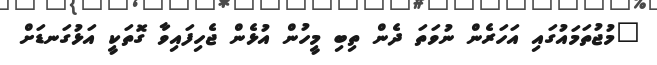
"މުޖުތަމައުގައި އަހަރެން ނުވަތަ ދެން ތިބި މީހުން އުޅެން ޖެހިފައިވާ ގޮތަކީ އަޅުގަނޑަށް